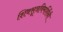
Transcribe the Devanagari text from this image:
शिवसूत्रविमर्शिनी